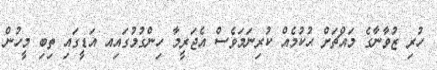
ހުރި ޒުވާނާގެ މައްޗަށް ޙުކުމެއް ކުރިނަމަވެސް އެޖަރީމާ ހިންގުމުގައިއ އަޑީގައި ތިބި މީހުން